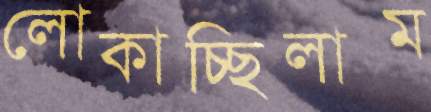
লোকাচ্ছিলাম